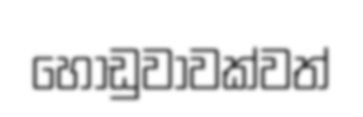
හෝඩුවාවක්වත්